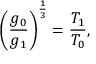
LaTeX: \left( { \frac { g _ { 0 } } { g _ { 1 } } } \right) ^ { \frac { 1 } { 3 } } = { \frac { T _ { 1 } } { T _ { 0 } } } ,